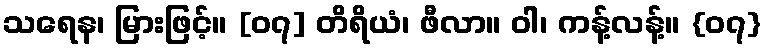
သရေန၊ မြားဖြင့်။ [၀၇] တိရိယံ၊ ဖီလာ။ ဝါ၊ ကန့်လန့်။ {၀၇}